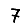
Digit: 7